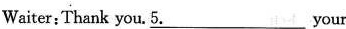
Waiter:Thank you. 5. \underline{5} Your